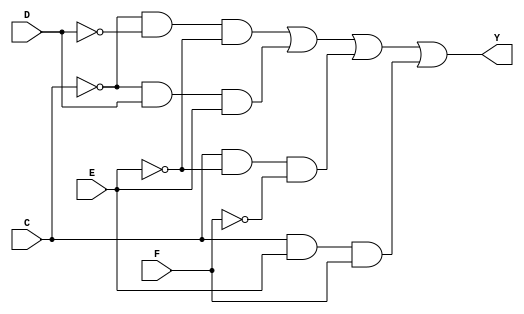
// SM : Task 1 A : Combinational Circuit
/*
Instructions
-------------------
Students are not allowed to make any changes in the Module declaration.
This file is used to design 4 input logic function.

Recommended Quartus Version : 19.1
The submitted project file must be 19.1 compatible as the evaluation will be done on Quartus Prime Lite 19.1.

Warning: The error due to compatibility will not be entertained.
			Do not make any changes to Test_Bench_Vector.txt file. Violating will result into Disqualification.
-------------------
*/

//4 input logic function design
//Inputs  : C, D, E, F
//Output  : Y

//////////////////DO NOT MAKE ANY CHANGES IN MODULE//////////////////
module Logic_Func(
	input		C,       //INPUT C
	input		D,			//INPUT D
	input		E,       //INPUT E
	input		F,			//INPUT F
	output	Y			//OUTPUT Y
);

////////////////////////WRITE YOUR CODE FROM HERE//////////////////// 
	
assign Y = (~C&~D&~E) | (~C&D&E) | (C&~E&~F) | (C&E&F);

////////////////////////YOUR CODE ENDS HERE//////////////////////////
endmodule
///////////////////////////////MODULE ENDS///////////////////////////